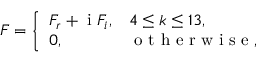
F = \left\{ \begin{array} { l l } { F _ { r } + \textnormal { i } F _ { i } , } & { 4 \le k \le 1 3 , } \\ { 0 , } & { \mathrm { ~ o ~ t ~ h ~ e ~ r ~ w ~ i ~ s ~ e ~ } , } \end{array} \right.